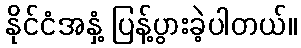
နိုင်ငံအနှံ့ ပြန့်ပွားခဲ့ပါတယ်။